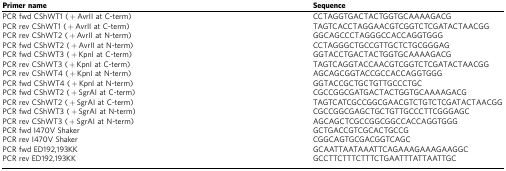
| Primer name | Sequence |
 | --- | --- |
 | PCR fwd CShWT1 (+AvrII at C-term) | CCTAGGTGACTACTGGTGCAAAAGACG |
 | PCR rev CShWT1 (+AvrII at C-term) | TAGTCACCTAGGAACGTCGGTCTCGATACTAACGG |
 | PCR rev CShWT2 (+AvrII at N-term) | GGCAGCCCTAGGGCCACCAGGTGGG |
 | PCR fwd CShWT2 (+AvrII at N-term) | CCTAGGGCTGCCGTTGCTCTGCGGGAG |
 | PCR fwd CShWT3 (+KpnI at C-term) | GGTACCTGACTACTGGTGCAAAAGACG |
 | PCR rev CShWT3 (+KpnI at C-term) | TAGTCAGGTACCAACGTCGGTCTCGATACTAACGG |
 | PCR rev CShWT4 (+KpnI at N-term) | AGCAGCGGTACCGCCACCAGGTGGG |
 | PCR fwd CShWT4 (+KpnI at N-term) | GGTACCGCTGCTGTTGCCCTGC |
 | PCR fwd CShWT2 (+SgrAI at C-term) | CGCCGGCGATGACTACTGGTGCAAAAGACG |
 | PCR rev CShWT2 (+SgrAI at C-term) | TAGTCATCGCCGGCGAACGTCTGTCTCGATACTAACGG |
 | PCR fwd CShWT3 (+SgrAI at N-term) | CGCCGGCGAGCTGCTGTTGCCCTTCGGGAGC |
 | PCR rev CShWT3 (+SgrAI at N-term) | AGCAGCTCGCCGGCGGCCACCAGGTGGG |
 | PCR fwd I470V Shaker | GCTGACCGTCGCACTGCCG |
 | PCR rev I470V Shaker | CGGCAGTGCGACGGTCAGC |
 | PCR fwd ED192,193KK | GCAATTAATAAATTCAGAAAGAAAGAAGGC |
 | PCR rev ED192,193KK | GCCTTCTTTCTTTCTGAATTTATTAATTGC |